Vaccination in Bombay 1874-1876 - 1874-1876
Year: 1874
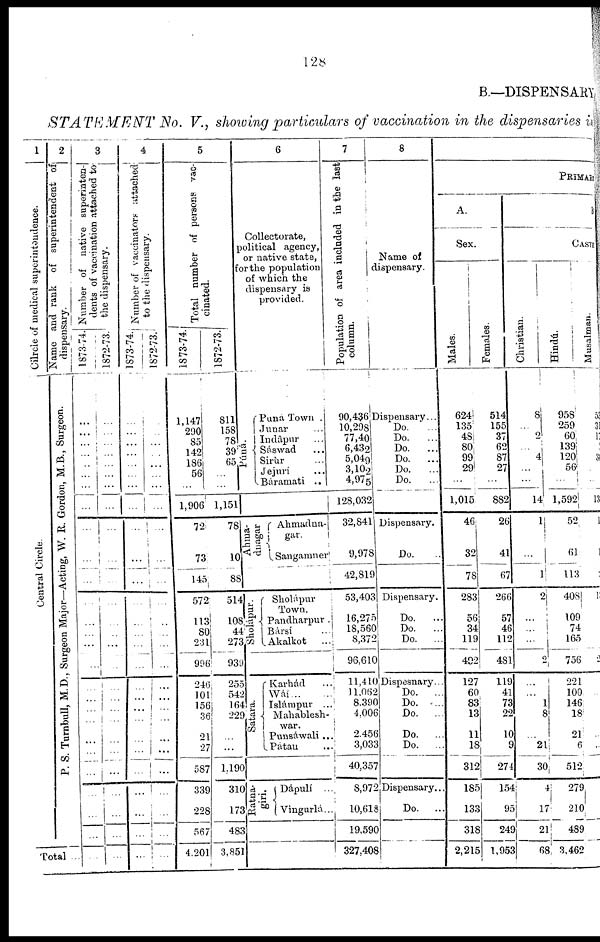
128
B.—DISPENSARY
STATEMENT
No. V., showing particulars of vaccination in the dispensaries in
1
Cilrcle of medical superintendence.
Central Circle.
2
Name and rank of superintendent of
dispensary.
P. S. Turnbull, M.D., Surgeon Major—Acting, W. R. Gordon, M.B., Surgeon.
Total ..
3
Number of native superinten-
dents of vaccination attached to
the dispensary.
1873-74.
...
...
...
...
...
...
...
...
...
...
...
...
...
...
...
...
...
...
...
...
...
...
...
...
...
...
...
1872-73.
...
...
...
...
...
...
...
...
...
...
...
...
...
...
...
...
...
...
...
...
...
...
...
...
...
...
...
4
Number of vaccinators attached
to the dispensary.
1873-74.
...
...
...
...
...
...
...
...
...
...
...
...
...
...
...
...
...
...
...
...
...
...
...
...
...
...
...
1872-73.
...
...
...
...
...
...
...
...
...
...
...
...
...
...
...
...
...
...
...
...
...
...
...
...
...
...
...
5
Total number of persons vac-
cinated.
1873-74.
1,147
290
85
142
186
56
...
1,906
72
73
145
572
113
80
231
996
246
101
156
36
21
27
587
339
228
567
4,201
1872-73.
811
158
78
39
65
...
...
1,151
78
10
88
514
108
44
273
939
255
542
164
229
...
...
1,190
310
173
483
3,851
6
Collectorate,
political agency,
or native state,
for the population
of which the
dispensary is
provided.
Púná.
Puná Town .
Junar ...
Indâpur ...
Sáswad ...
Sirùr ...
Jejurí ...
Báramati ..
Ahma¬
dnagar
Ahmadna¬
gar.
Sangamner
Sholápur.
Sholápur
Town.
Pandharpur .
Bársí ...
Akalkot ...
Satara. Karhád ...
Wáí ... ...
Islámpur ..
Mahablesh¬
war.
Punsáwali ...
Pátan ...
Ratna¬
giri.
Dápuli ...
Vingurlá...
7
Population of area included in the last
column.
90,436
10,298
77,40
6,432
5,049
3,102
4,975
128,032
32,841
9,978
42,819
53,403
16,275
18,560
8,372
96,610
11,410
11,062
8,390
4,006
2,456
3,033
40,357
8,972
10,618
19,590
327,408
8
Name of
dispensary.
Dispensary...
Do. ...
Do.
...
Do.
...
Do.
...
Do. ...
Do.
...
Dispensary.
Do. ..
Dispensary.
Do. ...
Do. ...
Do. ...
Dispesnary..
Do. ...
Do. ...
Do. ...
Do. ...
Do. ...
Dispensary..
Do. ...
PRIMARY
A.
Sex.
Males.
624
135
48
80
99
29
...
1,015
46
32
78
283
56
34
119
492
127
60
83
13
11
18
312
185
133
318
2,215
Females.
514
155
37
62
87
27
...
882
26
41
67
266
57
46
112
481
119
41
73
22
10
9
274
154
95
249
1,953
B
CASTE
Christian.
8
...
2
...
4
...
...
14
1
...
1
2
...
...
...
2
...
...
1
8
...
21
30
4
17
21
68
Hindú.
958
259
60
139
120
56
...
1,592
52
61
113
408
109
74
165
756
221
100
146
18
21
6
512
279
210
489
3,462
Musalman.
53
3
1
3
...
...
13
1
...
1
1
2